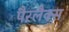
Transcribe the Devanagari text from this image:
पैरलैक्स